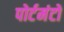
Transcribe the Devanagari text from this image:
पोर्टमंटो